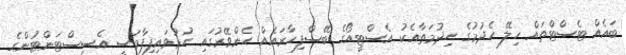
ބައެއް ޓެސްޓްތައް ހިލޭ ހެދުމުގެ ހިދުމަތާއެކު އެސްޓީއޯގެ ބޭސްފިހާރައެއް ހެންވޭރުގައި ހުޅުވައިފިފާމަސީ އެސިސްޓަންޓުންގެ